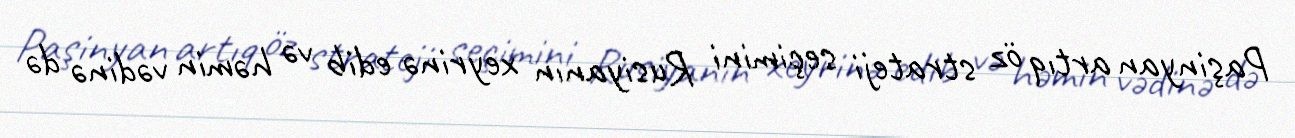
Paşinyan artıq öz strateji seçimini Rusiyanın xeyrinə edib və həmin vədinə də